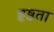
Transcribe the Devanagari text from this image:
हृष्ठता